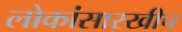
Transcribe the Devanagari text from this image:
लोकांसारखीच